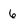
Character: 6